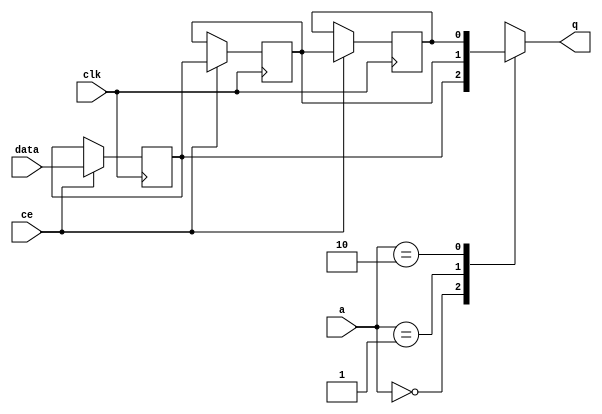
// This program was cloned from: https://github.com/zainryan/INSIDER-System
// License: MIT License

// ==============================================================
// File generated by Vivado(TM) HLS - High-Level Synthesis from C, C++ and SystemC
// Version: 2017.4.op
// Copyright (C) 1986-2018 Xilinx, Inc. All Rights Reserved.
// 
// ==============================================================


`timescale 1 ns / 1 ps

module start_for_pcie_write_throttle_unit_U0_shiftReg (
    clk,
    data,
    ce,
    a,
    q);

parameter DATA_WIDTH = 32'd1;
parameter ADDR_WIDTH = 32'd2;
parameter DEPTH = 32'd3;

input clk;
input [DATA_WIDTH-1:0] data;
input ce;
input [ADDR_WIDTH-1:0] a;
output [DATA_WIDTH-1:0] q;

reg[DATA_WIDTH-1:0] SRL_SIG [0:DEPTH-1];
integer i;

always @ (posedge clk)
    begin
        if (ce)
        begin
            for (i=0;i<DEPTH-1;i=i+1)
                SRL_SIG[i+1] <= SRL_SIG[i];
            SRL_SIG[0] <= data;
        end
    end

assign q = SRL_SIG[a];

endmodule

module start_for_pcie_write_throttle_unit_U0 (
    clk,
    reset,
    if_empty_n,
    if_read_ce,
    if_read,
    if_dout,
    if_full_n,
    if_write_ce,
    if_write,
    if_din);

parameter MEM_STYLE   = "shiftreg";
parameter DATA_WIDTH  = 32'd1;
parameter ADDR_WIDTH  = 32'd2;
parameter DEPTH       = 32'd3;

input clk;
input reset;
output if_empty_n;
input if_read_ce;
input if_read;
output[DATA_WIDTH - 1:0] if_dout;
output if_full_n;
input if_write_ce;
input if_write;
input[DATA_WIDTH - 1:0] if_din;

wire[ADDR_WIDTH - 1:0] shiftReg_addr ;
wire[DATA_WIDTH - 1:0] shiftReg_data, shiftReg_q;
wire                     shiftReg_ce;
reg[ADDR_WIDTH:0] mOutPtr = {(ADDR_WIDTH+1){1'b1}};
reg internal_empty_n = 0, internal_full_n = 1;

assign if_empty_n = internal_empty_n;
assign if_full_n = internal_full_n;
assign shiftReg_data = if_din;
assign if_dout = shiftReg_q;

always @ (posedge clk) begin
    if (reset == 1'b1)
    begin
        mOutPtr <= ~{ADDR_WIDTH+1{1'b0}};
        internal_empty_n <= 1'b0;
        internal_full_n <= 1'b1;
    end
    else begin
        if (((if_read & if_read_ce) == 1 & internal_empty_n == 1) && 
            ((if_write & if_write_ce) == 0 | internal_full_n == 0))
        begin
            mOutPtr <= mOutPtr - 1;
            if (mOutPtr == 0)
                internal_empty_n <= 1'b0;
            internal_full_n <= 1'b1;
        end 
        else if (((if_read & if_read_ce) == 0 | internal_empty_n == 0) && 
            ((if_write & if_write_ce) == 1 & internal_full_n == 1))
        begin
            mOutPtr <= mOutPtr + 1;
            internal_empty_n <= 1'b1;
            if (mOutPtr == DEPTH - 2)
                internal_full_n <= 1'b0;
        end 
    end
end

assign shiftReg_addr = mOutPtr[ADDR_WIDTH] == 1'b0 ? mOutPtr[ADDR_WIDTH-1:0]:{ADDR_WIDTH{1'b0}};
assign shiftReg_ce = (if_write & if_write_ce) & internal_full_n;

start_for_pcie_write_throttle_unit_U0_shiftReg 
#(
    .DATA_WIDTH(DATA_WIDTH),
    .ADDR_WIDTH(ADDR_WIDTH),
    .DEPTH(DEPTH))
U_start_for_pcie_write_throttle_unit_U0_ram (
    .clk(clk),
    .data(shiftReg_data),
    .ce(shiftReg_ce),
    .a(shiftReg_addr),
    .q(shiftReg_q));

endmodule